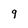
Character: 9